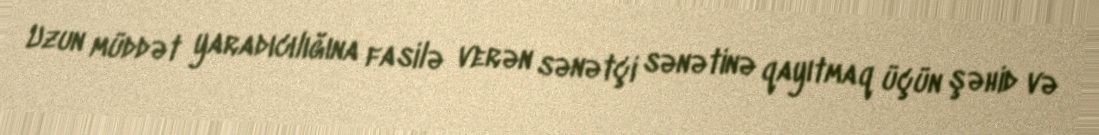
Uzun müddət yaradıcılığına fasilə verən sənətçi sənətinə qayıtmaq üçün şəhid və